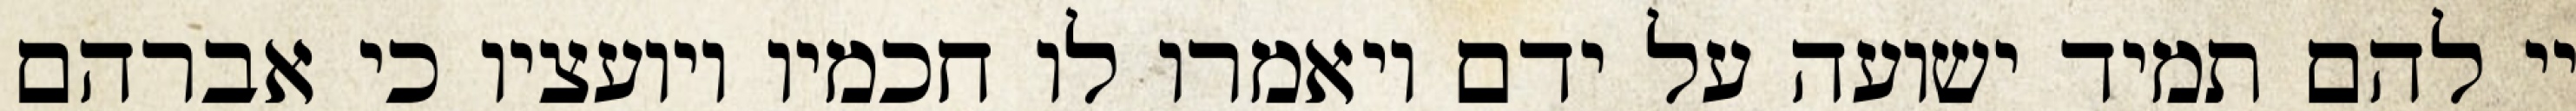
יי להם תמיד ישועה על ידם ויאמרו לו חכמיו ויועציו כי אברהם